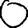
Digit: 0